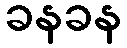
ခနခန